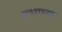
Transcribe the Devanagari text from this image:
प्रभाच्या